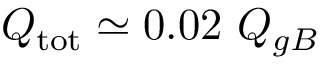
Q _ { \mathrm { t o t } } \simeq 0 . 0 2 \ Q _ { g B }